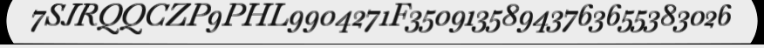
7SJRQQCZP9PHL9904271F35091358943763655383026